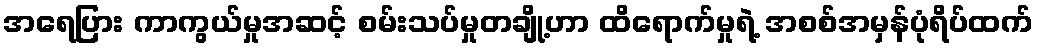
အရေပြား ကာကွယ်မှုအဆင့် စမ်းသပ်မှုတချို့ဟာ ထိရောက်မှုရဲ့ အစစ်အမှန်ပုံရိပ်ထက်